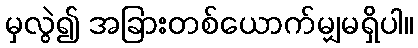
မှလွဲ၍ အခြားတစ်ယောက်မျှမရှိပါ။